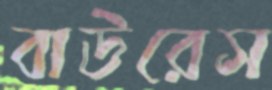
বাউরেস